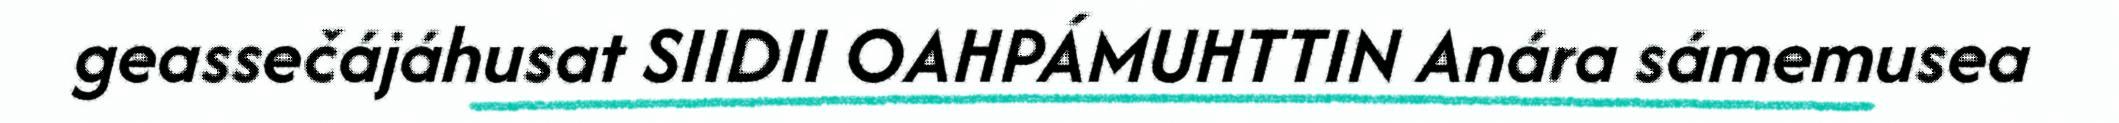
geassečájáhusat SIIDII OAHPÁMUHTTIN Anára sámemusea